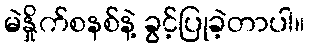
မဲနှိုက်စနစ်နဲ့ ခွင့်ပြုခဲ့တာပါ။